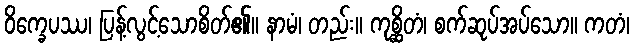
ဝိက္ခေပဿ၊ ပြန့်လွင့်သောစိတ်၏။ နာမံ၊ တည်း။ ကုစ္ဆိတံ၊ စက်ဆုပ်အပ်သော။ ကတံ၊